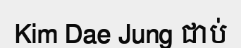
Kim Dae Jung ជាប់